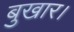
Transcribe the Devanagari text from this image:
बुखार।